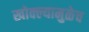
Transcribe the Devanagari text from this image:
खोक्ल्यामुळेच